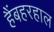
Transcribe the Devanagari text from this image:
हैंबहरहाल